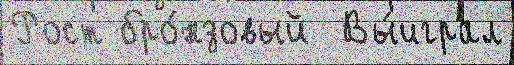
Рост бро́нзовый  Вы́играл